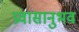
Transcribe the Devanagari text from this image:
प्रवासानुभव